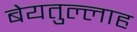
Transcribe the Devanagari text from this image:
बेयतुल्लाह